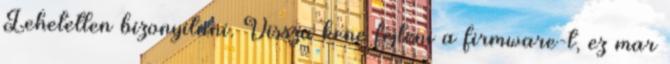
Lehetetlen bizonyitani. Vissza kene fejteni a firmware-t, ez mar